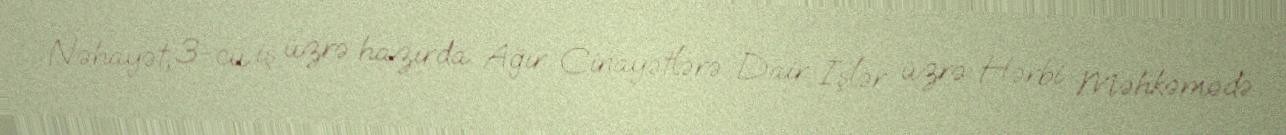
Nəhayət, 3-cü iş üzrə hazırda Ağır Cinayətlərə Dair İşlər üzrə Hərbi Məhkəmədə